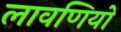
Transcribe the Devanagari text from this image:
लावणियों